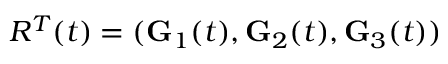
R ^ { T } ( t ) = ( { \bf G } _ { 1 } ( t ) , { \bf G } _ { 2 } ( t ) , { \bf G } _ { 3 } ( t ) )